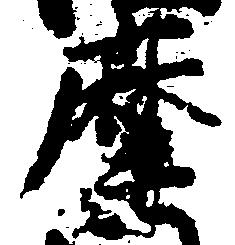
摩